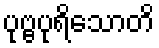
ပုဗ္ဗပုရိသောတိ